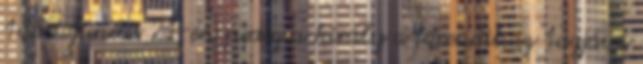
1885. június 21-én pedig a király a főrendiház tagjává